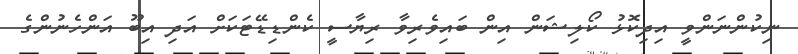
ނިކުންނަންވީ އިދިކޮޅު ކޯލިޝަން އިން ބައިވެރިވާ ރިޔާސީ ކެންޑިޑޭޓަކަށް އަދި އިބޫ އަންހެނުންގެ